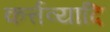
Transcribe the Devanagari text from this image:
कर्त्तव्यादि